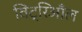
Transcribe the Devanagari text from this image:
विट्रिआँल